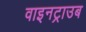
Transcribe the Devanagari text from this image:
वाइनट्राउब